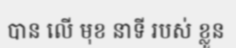
បាន លើ មុខ នាទី របស់ ខ្លួន